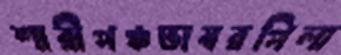
শারীপঞ্চভাস্বরপিলা